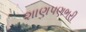
શાણપણભરી